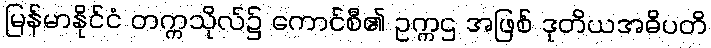
မြန်မာနိုင်ငံ တက္ကသိုလ်၌ ကောင်စီ၏ ဥက္ကဌ အဖြစ် ဒုတိယအဓိပတိ